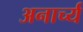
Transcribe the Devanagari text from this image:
अनार्च्य